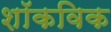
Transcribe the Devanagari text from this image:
शॉकविक